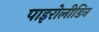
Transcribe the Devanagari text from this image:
पाइरोलीडिन